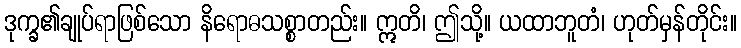
ဒုက္ခ၏ချုပ်ရာဖြစ်သော နိရောဓသစ္စာတည်း။ ဣတိ၊ ဤသို့။ ယထာဘူတံ၊ ဟုတ်မှန်တိုင်း။